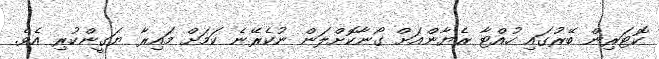
ކޮޓަރިން ބޭރުގައި ހުއްޓާ ރެޔާންއަށް ގޯނާކޮށްލަން ނުކެރޭނެ ކަމަށް މައިރާ ޔަގީންކުރި އެވެ.